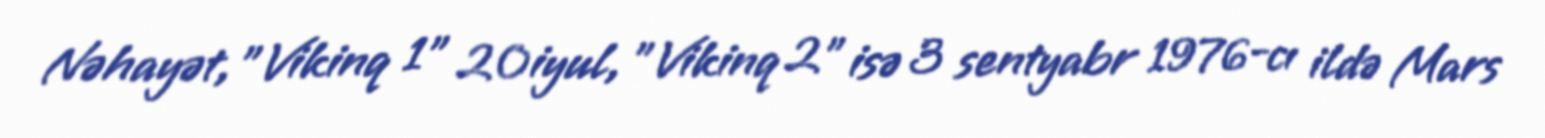
Nəhayət, "Vikinq 1" 20 iyul, "Vikinq 2" isə 3 sentyabr 1976-cı ildə Mars